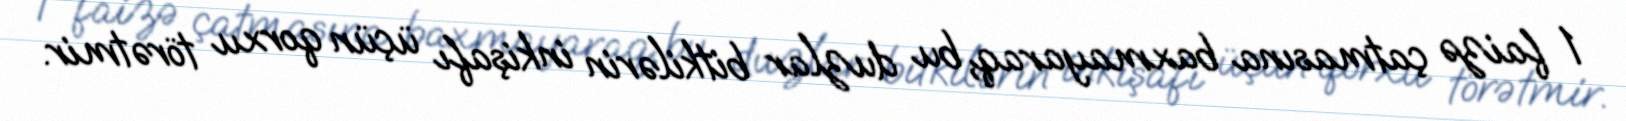
1 faizə çatmasına baxmayaraq, bu duzlar bitkilərin inkişafı üçün qorxu törətmir.